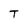
Character: T